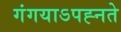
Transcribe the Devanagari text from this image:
गंगयाऽपह्नते